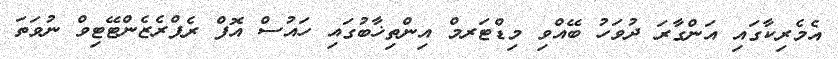
އެމެރިކާގައި އަންގާރަ ދުވަހު ބޭއްވި މިޑްޓަރމް އިންތިޚާބުގައި ހައުސް އޮފް ރެޕްރެޒެންޓޭޓިވް ނުވަތަ